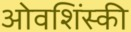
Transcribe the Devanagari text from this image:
ओवशिंस्की